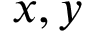
x , y